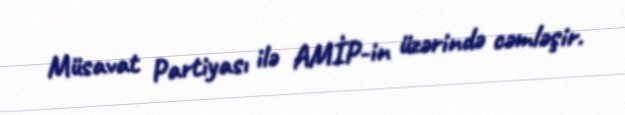
Müsavat Partiyası ilə AMİP-in üzərində cəmləşir.